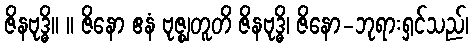
ဇိနဗုဒ္ဓိ။ ။ ဇိနော ဧနံ ဗုဇ္ဈတူတိ ဇိနဗုဒ္ဓိ၊ ဇိနော-ဘုရားရှင်သည်၊